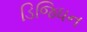
ડિજિધન